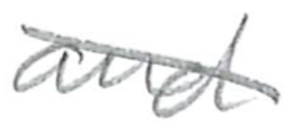
Text: and
Cross-out: diagonal
Writing tool: pencil